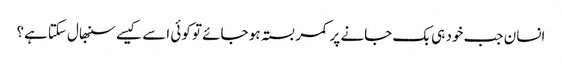
انسان جب خود ہی بک جانے پر کمر بستہ ہو جائے تو کوئی اسے کیسے سنبھال سکتاہے؟